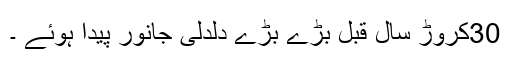
30کروڑ سال قبل بڑے بڑے دلدلی جانور پیدا ہوئے ۔